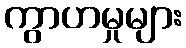
ကွာဟမှုများ